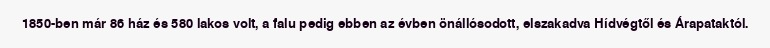
1850-ben már 86 ház és 580 lakos volt, a falu pedig ebben az évben önállósodott, elszakadva Hídvégtől és Árapataktól.